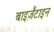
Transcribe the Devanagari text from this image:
बाइज़ैंटाइन